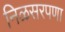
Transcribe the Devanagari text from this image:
निळसरपणा